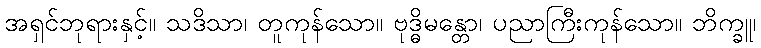
အရှင်ဘုရားနှင့်။ သဒိသာ၊ တူကုန်သော။ ဗုဒ္ဓိမန္တော၊ ပညာကြီးကုန်သော။ ဘိက္ခူ၊